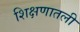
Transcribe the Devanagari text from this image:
शिक्षणातली